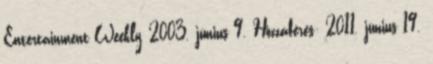
Entertainment Weekly, 2003. június 9. Hozzáférés: 2011. június 19.